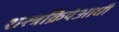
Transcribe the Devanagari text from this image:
शस्त्रक्रियेआधी